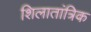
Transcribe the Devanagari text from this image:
शिलातांत्रिक